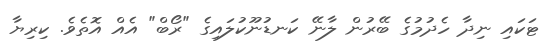
ޓަކައި ނިދާ ހެދުމުގެ ބޭރުން ލާނޭ ކަނޑުނޫކުލައިގެ "ރޯބް" އެއް އޮތެވެ. ކިރިޔާ